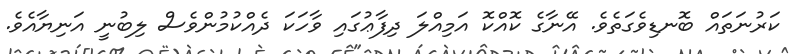
ކަރުނަތައް ބޮނޑިވެގަތެވެ. އޭނާގެ ކޮއްކޮ އަމިއްލަ ދިފާޢުގައި ވާހަކަ ދެއްކުމުންވެސް ލިބުނީ އަނިޔާއެވެ.